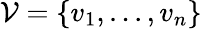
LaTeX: \mathcal{V}=\{ v_{1},...,v_{n}\}